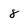
Character: 8